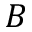
B